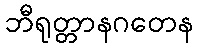
ဘီရုတ္တာနဂတေန